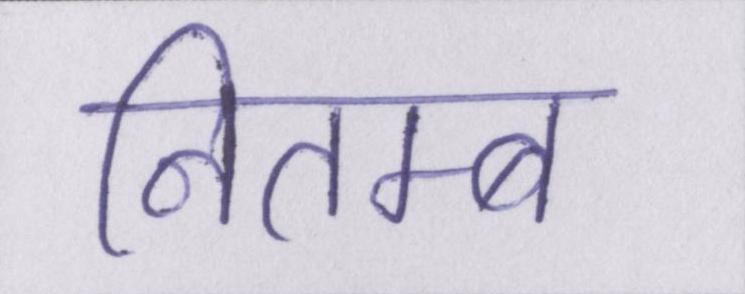
नितम्ब